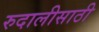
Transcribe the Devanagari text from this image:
रुदालीसाठी